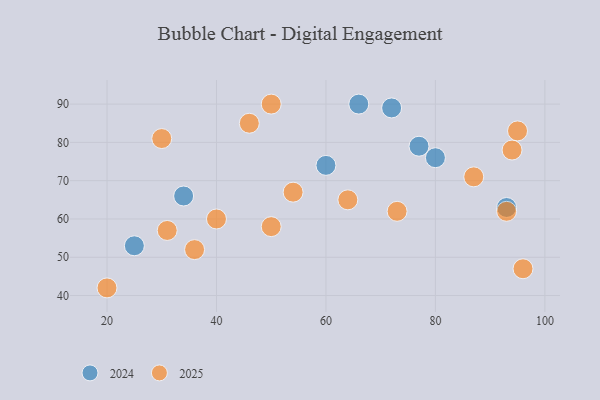
{"axis": {"x": "GDP", "y": "Life Expectancy"}, "legend": ["2024", "2025"], "data": [{"x": "20", "y": 42, "type": "2025"}, {"x": "54", "y": 67, "type": "2025"}, {"x": "93", "y": 62, "type": "2025"}, {"x": "96", "y": 47, "type": "2025"}, {"x": "64", "y": 65, "type": "2025"}, {"x": "46", "y": 85, "type": "2025"}, {"x": "40", "y": 60, "type": "2025"}, {"x": "36", "y": 52, "type": "2025"}, {"x": "30", "y": 81, "type": "2025"}, {"x": "94", "y": 78, "type": "2025"}, {"x": "87", "y": 71, "type": "2025"}, {"x": "95", "y": 83, "type": "2025"}, {"x": "73", "y": 62, "type": "2025"}, {"x": "31", "y": 57, "type": "2025"}, {"x": "50", "y": 90, "type": "2025"}, {"x": "50", "y": 58, "type": "2025"}, {"x": "25", "y": 53, "type": "2024"}, {"x": "72", "y": 89, "type": "2024"}, {"x": "34", "y": 66, "type": "2024"}, {"x": "66", "y": 90, "type": "2024"}, {"x": "80", "y": 76, "type": "2024"}, {"x": "60", "y": 74, "type": "2024"}, {"x": "77", "y": 79, "type": "2024"}, {"x": "93", "y": 63, "type": "2024"}]}